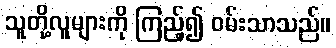
သူတို့လူများကို ကြည့်၍ ဝမ်းသာသည်။